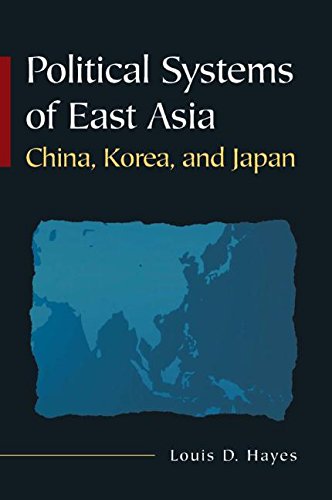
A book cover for Political Systems of East Asia: China, Korea, and Japan; Louis D Hayes; Religion & Spirituality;